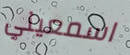
اسمعيني